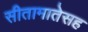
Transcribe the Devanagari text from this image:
सीतामातेसह